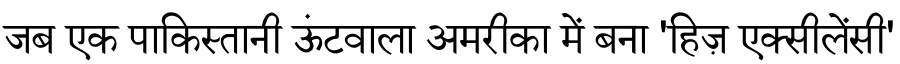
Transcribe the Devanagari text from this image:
जब एक पाकिस्तानी ऊंटवाला अमरीका में बना 'हिज़ एक्सीलेंसी'